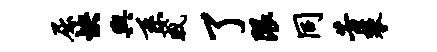
屈怏舆系戚了限同芳攀